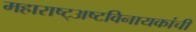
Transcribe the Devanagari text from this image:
महाराष्ट्अष्टविनायकांची